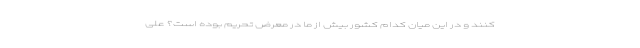
کنند و در این میان کدام کشور بیش از ما در معرض تحریم بوده است؟ علی